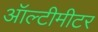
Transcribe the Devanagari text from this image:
ऑल्टीमीटर